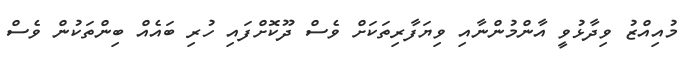
މުއިއްޒު ވިދާޅުވީ އާންމުންނާއި ވިޔަފާރިތަކަށް ވެސް ދޫކޮށްފައި ހުރި ބައެއް ބިންތަކުން ވެސް